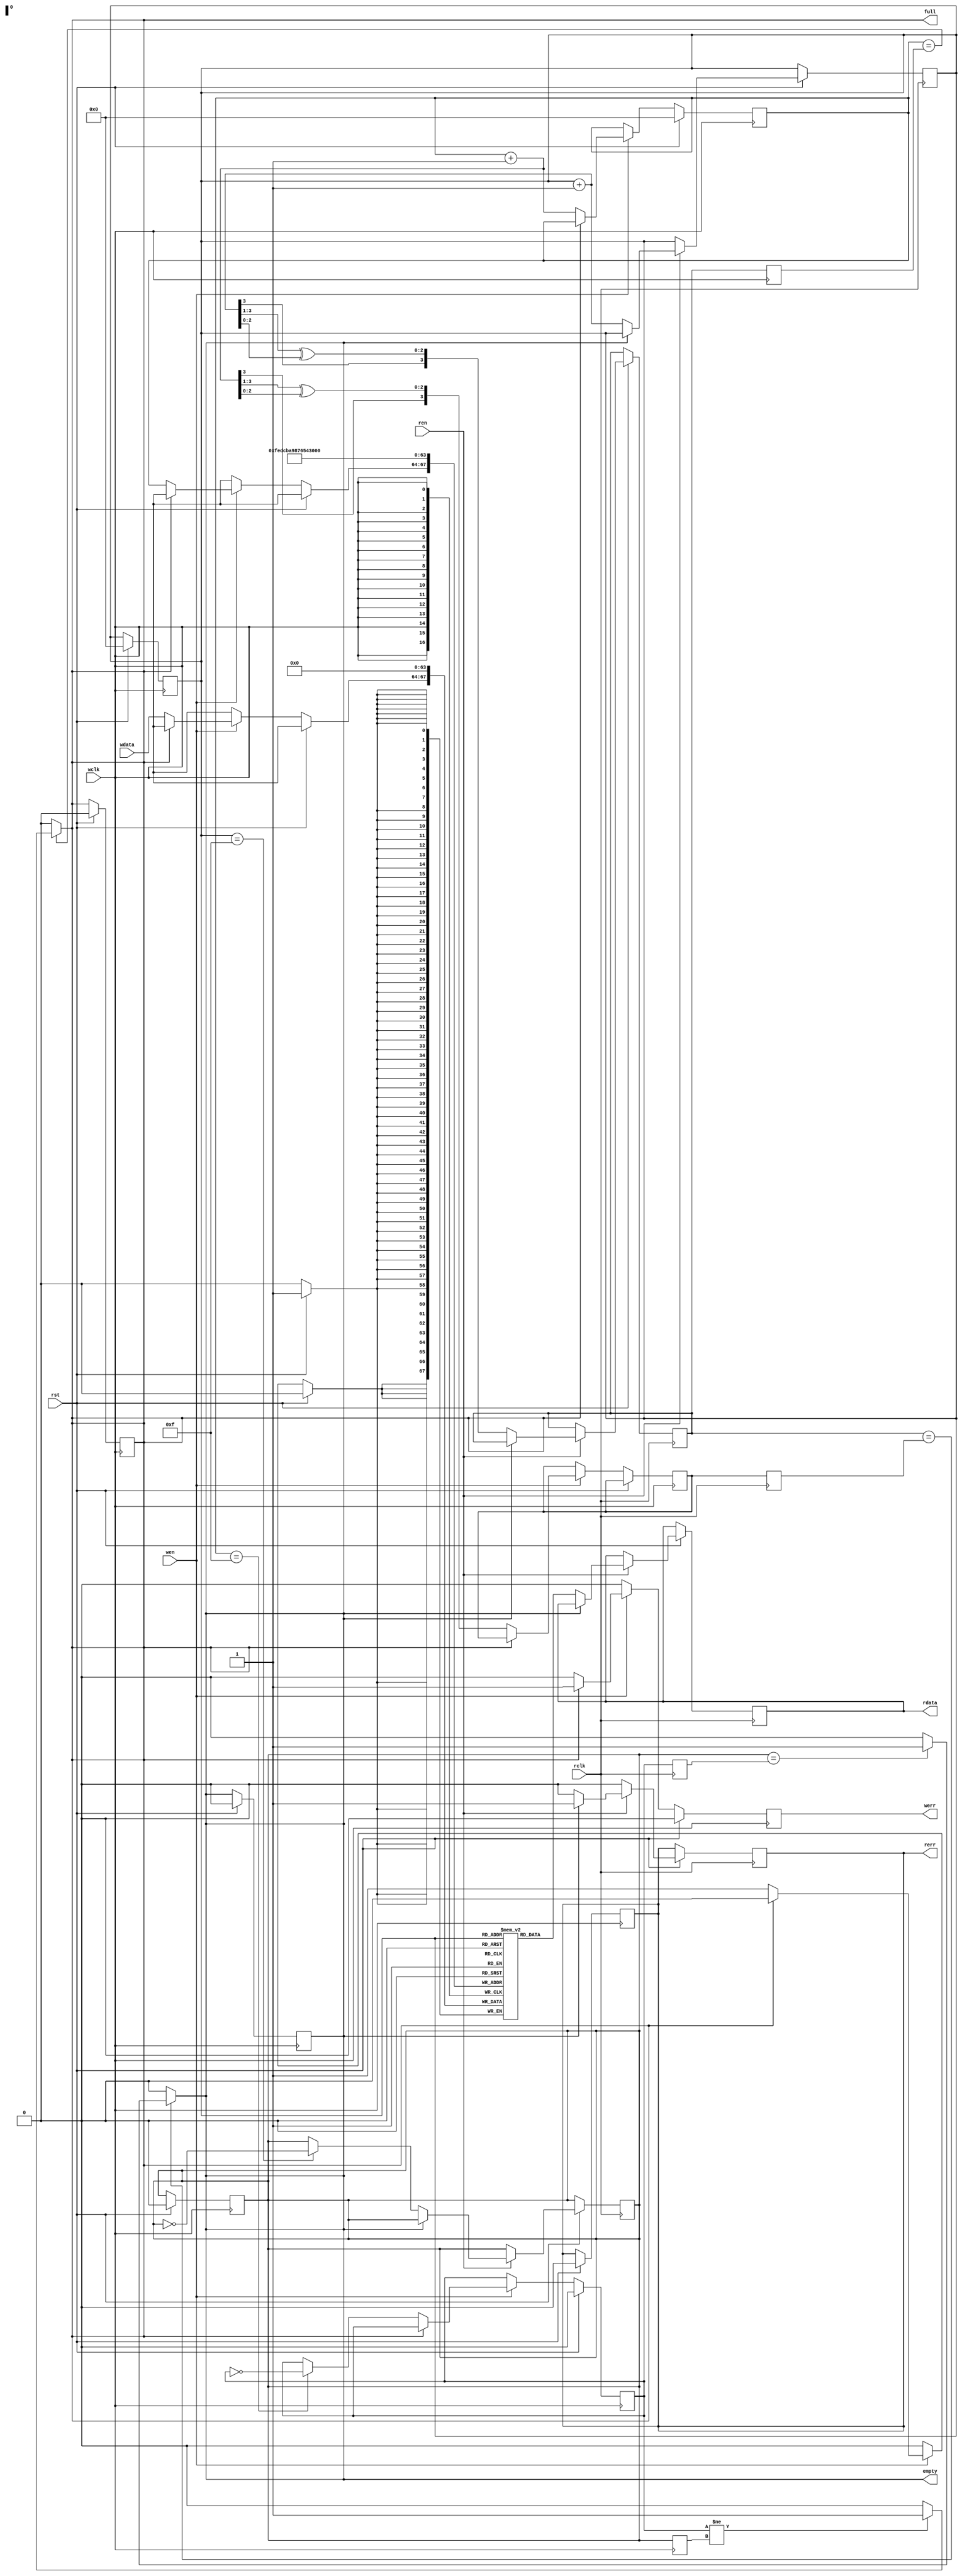
//////////////////////////////////////////////////////////////////////////////////
//Designer: Shreyansh Promud Jain
// Design Name: Asynchronous FIFO
// Module Name: FIFO
// Project Name: Asynchronous FIFO
// Description: Designing a 4 bit Asynchronous FIFO with a depth of 16 operating at 10MHz. 
//////////////////////////////////////////////////////////////////////////////////
`timescale 1ns/1ns
module asyncFIFO(rst,wclk,wen,werr,wdata,full,rclk,ren,rerr,rdata,empty);
parameter depth =16,width=4,ptr_width=$clog2(depth);
integer i;

input rst,wclk,wen,rclk,ren;
input [width-1:0] wdata;

output reg full,empty,rerr,werr;
output reg [width-1:0] rdata;

reg [ptr_width-1:0] rptr,rptr_wclk,wptr,wptr_rclk,rptr_gray,wptr_gray;
reg wtoggle_f,wtoggle_f_rclk,rtoggle_f,rtoggle_f_wclk;

reg [width-1:0] mem [depth-1:0];

//Code for pointer and Toggle Flag synchronization
always @(posedge rclk) begin
	wptr_rclk<=wptr_gray;
	wtoggle_f_rclk<=wtoggle_f;
end

always @(posedge wclk) begin
	rptr_wclk<=rptr_gray;
	rtoggle_f_wclk<=rtoggle_f;
end

//full condition
always @(*) begin
	full=0;
	if(wptr==rptr_wclk) begin
		if(wtoggle_f!=rtoggle_f_wclk) full=1;
	end
end

//empty condition
always @(*) begin
	empty=0;
	if(rptr_gray==wptr_rclk) begin
		if(rtoggle_f==wtoggle_f_rclk) empty=1;
	end
end

//Code for write operation
always @(posedge wclk) begin
	if(rst) begin
		werr=0;
		rerr=0;
		rptr=0;
		wptr=0;
		wtoggle_f=0;
		rtoggle_f=0;
		empty=0;
		full=0;
		for(i=0; i<depth;i=i+1) mem[i]=0;
	end
	else begin
		werr=0;
		if(wen) begin
			if(full) werr=1;
			else begin
			mem[wptr]=wdata;
			werr=0;
			if(wptr==depth-1) wtoggle_f=~wtoggle_f;
			wptr=wptr+1;
			wptr_gray={wptr[3],wptr[3:1]^wptr[2:0]};//// using gray code to avoid intermediate states while F/F switching 
			end
		end
	end
end

//read operation
always @(posedge rclk) begin
	if(rst!=0) begin
		rerr=0;
		if(ren) begin
			if(empty) rerr=1;
			else begin
			rdata=mem[rptr];
			rerr=0;
			if(rptr==depth-1) rtoggle_f=~rtoggle_f;
			rptr=rptr+1;
			rptr_gray={rptr[3],rptr[3:1]^rptr[2:0]};//// using gray code to avoid intermediate states while F/F switching 
			end
		end
	end
end
endmodule